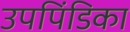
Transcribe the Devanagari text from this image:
उपपिंडिका